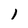
Character: 1